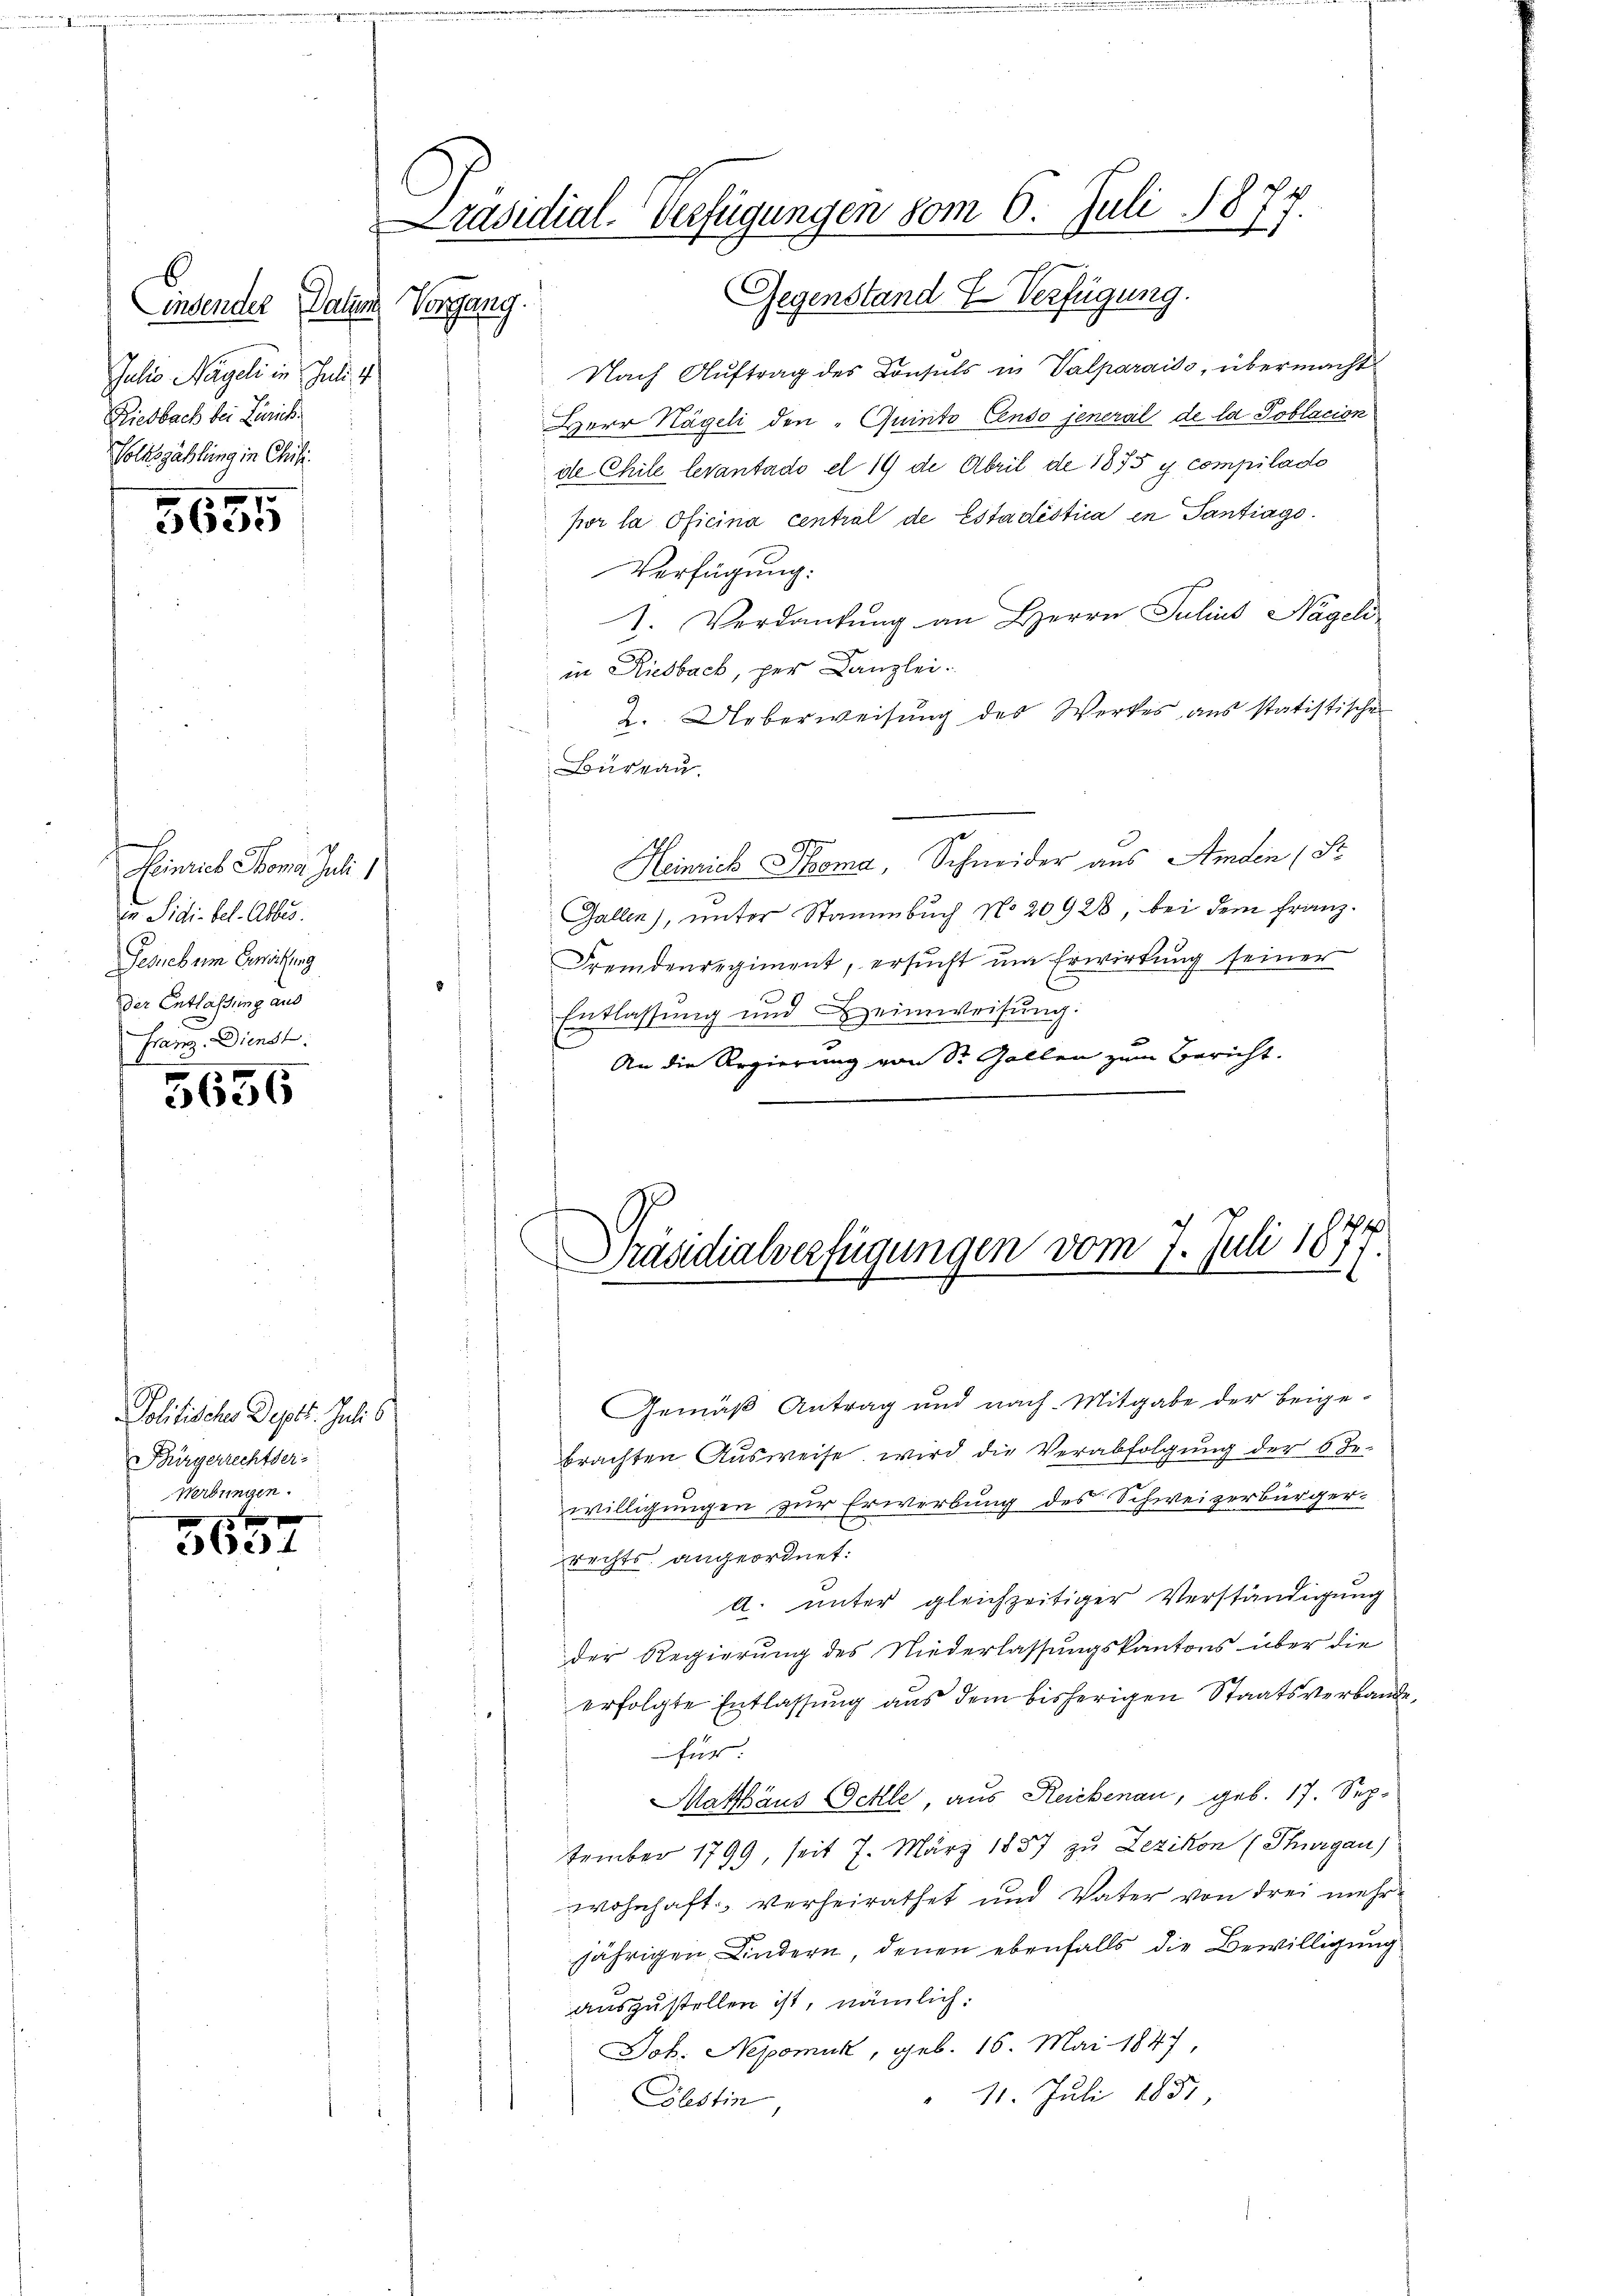
insender Datum
Julio Nägeli in Juli
Riesbach bei Zürich
Volkszählung in Chili

5635

f
Heinrich Tomo Juli 1
Er Sidi. bel. Abbes.
Fesuebum Erwartung
der Entlassung aus
Franz. Dienst

5656

Politische Deptt. Juli s
Bürgerrechtser-
Werbungen.

e

Präsidial-Verfügungen vom 6. Juli 1877.
Gegenstand Verfügung.
Verlang.

Nach Auftrag des Consuls in Valparaiss, übermacht
Herr Nägeli den " Quinto Censo jeneral de la Poblacion
de Chile levantado et 19 de Abril de 1875 y compilado
por la Oficina central de Estadistica in Santiago
Verfügung:
1. Verdankung an Herrn Julius Nägeli
in Riesbach, per Canzlei.
2. Ueberweisung des Werkes aus statistische
Büreau.
Heinrich Thoma Schneider aus Amden (St
Gallen), unter Stammbuch No 20928, bei dem Franz¬
Fremdenregiment, ersucht um Erwirkung seiner
Entlassung und Heimweisung:
An die Regierung von Sr. Gallen zum Bericht.

Prasdialverfügungen vom 7. Juli 18

Gemäß Antrag und nach Mitgabe der beige-
brachten Ausweise wird die Verabfolgung der 6 Be-
willigungen zur Erwerbung des Schweizerbürger-
rechts angeordnet:
A. unter gleichzeitiger Verständigung
der Regierung des Niederlassungskantons über die
erfolgte Entlassung aus dem bisherigen Staatsverbande,
für:
Mathäus Oehle aus Reichenau, geb. 17. Sep-
tember 1799, seit 7. März 1857 zu Zezikon (Thurgau)
wohnhaft, verheirathet und Vater von drei mehrjährigen Kindern denen ebenfalls die Bewilligung
auszustellen ist, nämlich.
Jok. Nepomuk, geb. 16. Mai 1847
11. Juli 1851
Glestin